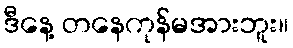
ဒီနေ့ တနေကုန်မအားဘူး။